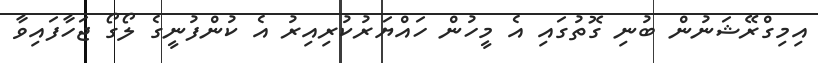
އިމިގްރޭޝަނުން ބުނި ގޮތުގައި އެ މީހުން ހައްޔަރުކުރިއިރު އެ ކުންފުނީގެ ލޯގޯ ޖަހާފައިވާ